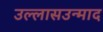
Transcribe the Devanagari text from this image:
उल्लासउन्माद